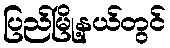
ပြည်မြို့နယ်တွင်